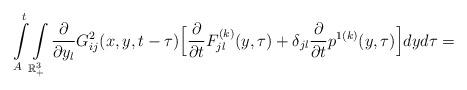
LaTeX: \begin{align*}\int\limits_{A}^{t}\int\limits_{\mathbb{R}^{3}_{+}}\frac{\partial}{\partial y_{l}}G_{ij}^{2}(x,y,t-\tau)\Big[\frac{\partial}{\partial t}F^{(k)}_{jl}(y,\tau)+\delta_{jl}\frac{\partial}{\partial t}p^{1(k)}(y,\tau)\Big] dyd\tau =\end{align*}